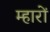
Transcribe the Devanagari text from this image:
म्हारों